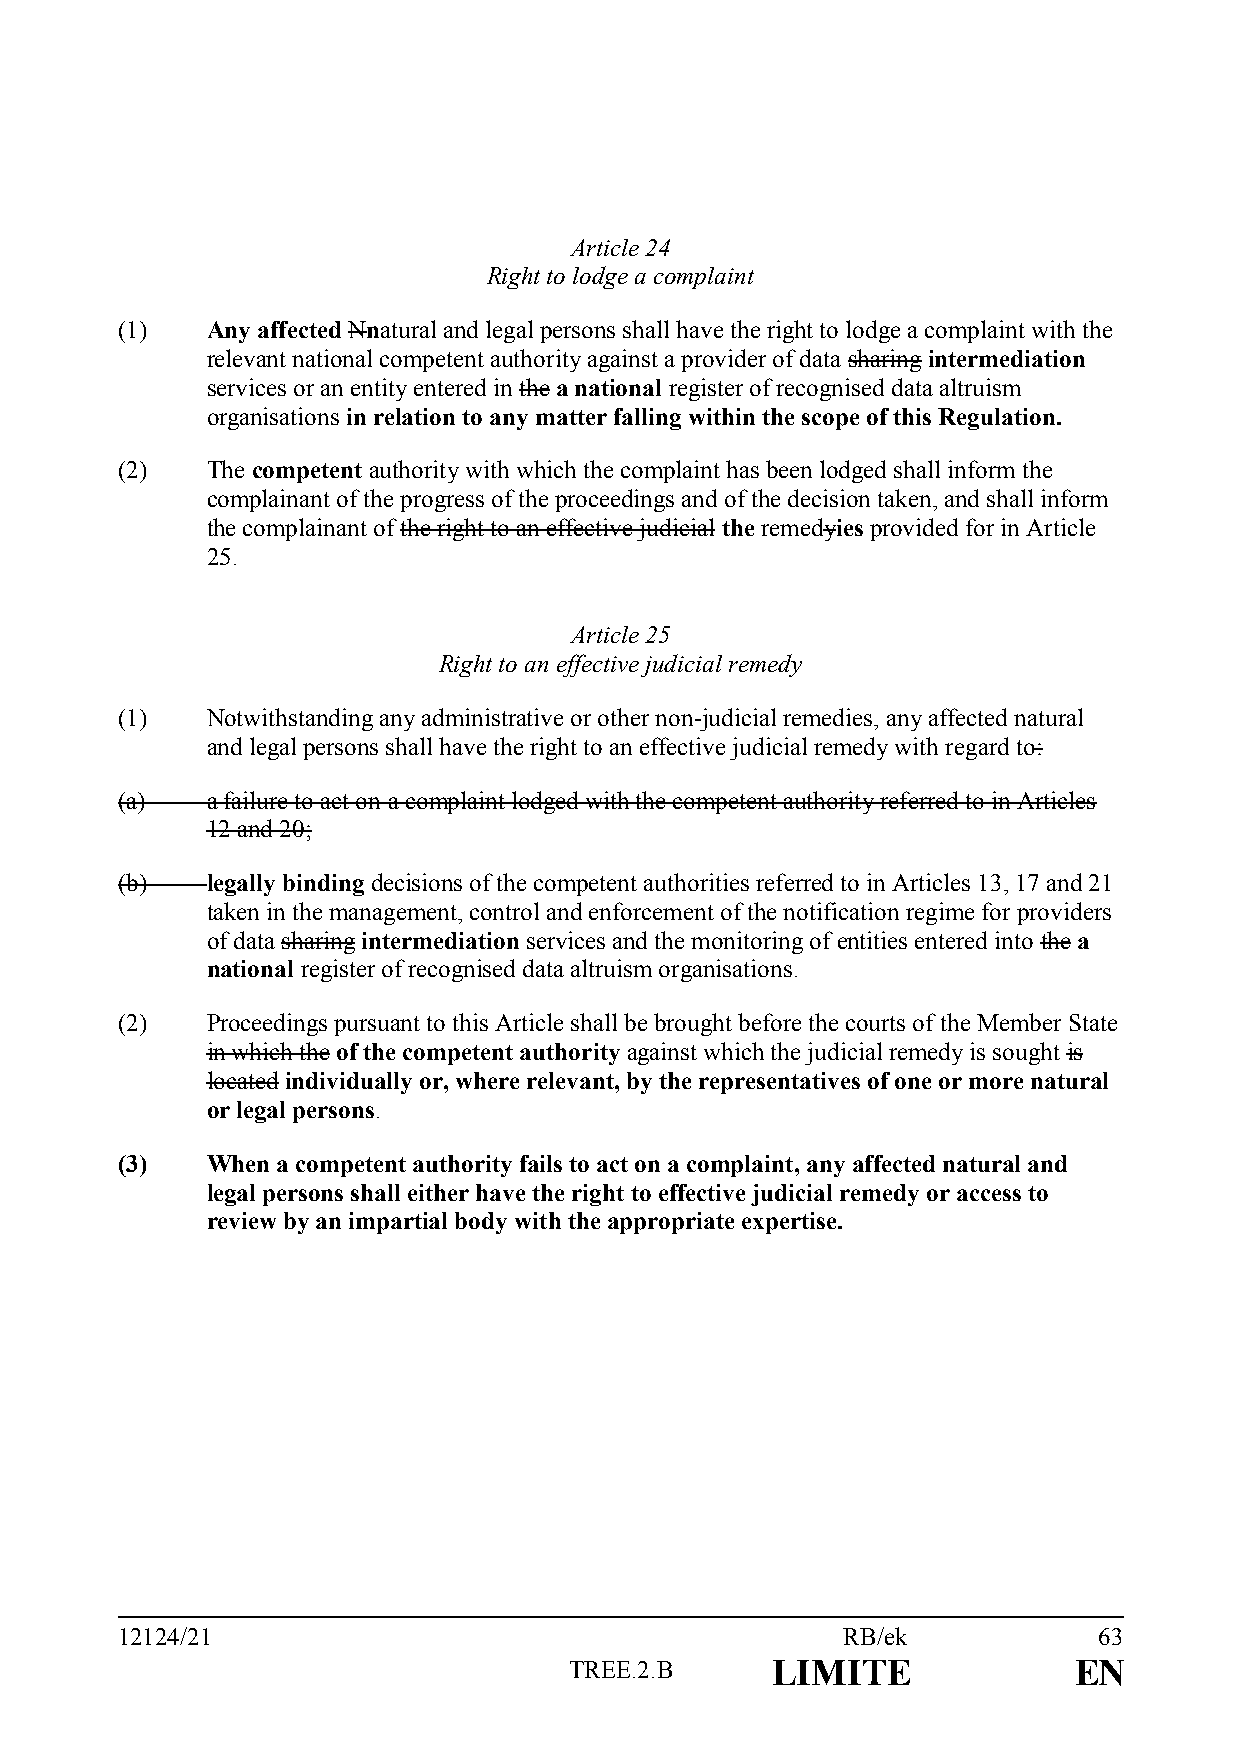
Article 24
 Right to lodge a complaint
 (1)   Any affected Nnatural and legal persons shall have the right to lodge a complaint with the
 relevant national competent authority against a provider of data sharing intermediation
 services or an entity entered in the a national register of recognised data altruism
 organisations in relation to any matter falling within the scope of this Regulation.
 (2)   The competent authority with which the complaint has been lodged shall inform the
 complainant of the progress of the proceedings and of the decision taken, and shall inform
 the complainant of the right to an effective judicial the remedyies provided for in Article
 25.
 Article 25
 Right to an effective judicial remedy
 (1)   Notwithstanding any administrative or other non-judicial remedies, any affected natural
 and legal persons shall have the right to an effective judicial remedy with regard to:
 (a)   a failure to act on a complaint lodged with the competent authority referred to in Articles
 12 and 20;
 (b)   legally binding decisions of the competent authorities referred to in Articles 13, 17 and 21
 taken in the management, control and enforcement of the notification regime for providers
 of data sharing intermediation services and the monitoring of entities entered into the a
 national register of recognised data altruism organisations.
 (2)   Proceedings pursuant to this Article shall be brought before the courts of the Member State
 in which the of the competent authority against which the judicial remedy is sought is
 located individually or, where relevant, by the representatives of one or more natural
 or legal persons.
 (3)   When a competent authority fails to act on a complaint, any affected natural and
 legal persons shall either have the right to effective judicial remedy or access to
 review by an impartial body with the appropriate expertise.
 12124/21                                        RB/ek            63
 TREE.2.B     LIMITE              EN